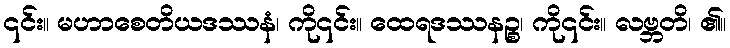
၎င်း။ မဟာစေတိယဒဿနံ၊ ကို၎င်း။ ထေရဒဿနဉ္စ၊ ကို၎င်း။ လဗ္ဘတိ၊ ၏။